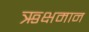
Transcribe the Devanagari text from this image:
ऋक्षमान